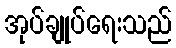
အုပ်ချုပ်ရေးသည်